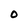
Character: 0